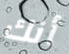
أنك